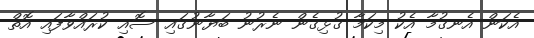
އެކަން އެނގުމާ އެކު މިކަމާ ގުޅިގެން ނެރުނު ބަޔާނުގައި ސޮއި ކުރައްވާފައި އޮތް